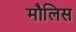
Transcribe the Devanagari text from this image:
मौलिस